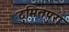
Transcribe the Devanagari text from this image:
दुमितपुरा